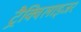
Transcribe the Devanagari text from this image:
ट्रैक्विलाइजर